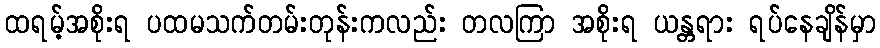
ထရမ့်အစိုးရ ပထမသက်တမ်းတုန်းကလည်း တလကြာ အစိုးရ ယန္တရား ရပ်နေချိန်မှာ